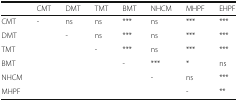
<table><thead><tr><td></td><td><b>CMT</b></td><td><b>DMT</b></td><td><b>TMT</b></td><td><b>BMT</b></td><td><b>NHCM</b></td><td><b>MHPF</b></td><td><b>EHPF</b></td></tr></thead><tbody><tr><td>CMT</td><td>-</td><td>ns</td><td>ns</td><td>***</td><td>ns</td><td>***</td><td>***</td></tr><tr><td>DMT</td><td></td><td>-</td><td>ns</td><td>***</td><td>ns</td><td>***</td><td>***</td></tr><tr><td>TMT</td><td></td><td></td><td>-</td><td>***</td><td>ns</td><td>***</td><td>***</td></tr><tr><td>BMT</td><td></td><td></td><td></td><td>-</td><td>***</td><td>*</td><td>ns</td></tr><tr><td>NHCM</td><td></td><td></td><td></td><td></td><td>-</td><td>ns</td><td>***</td></tr><tr><td>MHPF</td><td></td><td></td><td></td><td></td><td></td><td>-</td><td>**</td></tr></tbody></table>